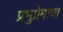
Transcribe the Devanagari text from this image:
प्रभुप्रेमाचा